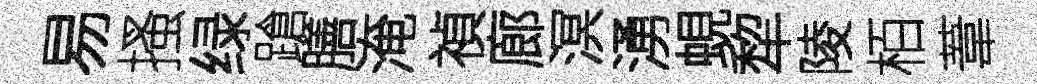
易搔绿蹌膳淹禎廊溟湧蜆犂陵栢葦